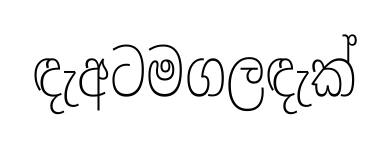
ඳැඅටමගලඳැක්